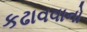
કઢાવવાનો